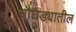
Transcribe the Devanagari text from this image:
चौघड्यातील